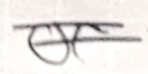
Text: or
Cross-out: double-line
Writing tool: ballpoint